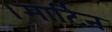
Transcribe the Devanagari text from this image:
।मार्टिन